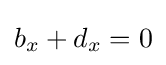
b_{x}+d_{x}=0\,\!